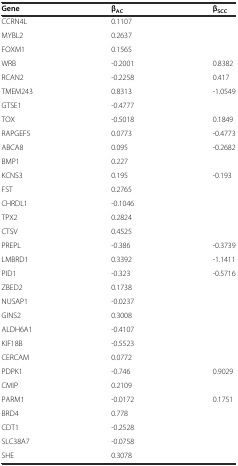
<table><thead><tr><td><b>Gene</b></td><td><b>β<sub>AC</sub></b></td><td><b>β<sub>SCC</sub></b></td></tr></thead><tbody><tr><td>CCRN4L</td><td>0.1107</td><td></td></tr><tr><td>MYBL2</td><td>0.2637</td><td></td></tr><tr><td>FOXM1</td><td>0.1565</td><td></td></tr><tr><td>WRB</td><td>-0.2001</td><td>0.8382</td></tr><tr><td>RCAN2</td><td>-0.2258</td><td>0.417</td></tr><tr><td>TMEM243</td><td>0.8313</td><td>-1.0549</td></tr><tr><td>GTSE1</td><td>-0.4777</td><td></td></tr><tr><td>TOX</td><td>-0.5018</td><td>0.1849</td></tr><tr><td>RAPGEF5</td><td>0.0773</td><td>-0.4773</td></tr><tr><td>ABCA8</td><td>0.095</td><td>-0.2682</td></tr><tr><td>BMP1</td><td>0.227</td><td></td></tr><tr><td>KCNS3</td><td>0.195</td><td>-0.193</td></tr><tr><td>FST</td><td>0.2765</td><td></td></tr><tr><td>CHRDL1</td><td>-0.1046</td><td></td></tr><tr><td>TPX2</td><td>0.2824</td><td></td></tr><tr><td>CTSV</td><td>0.4525</td><td></td></tr><tr><td>PREPL</td><td>-0.386</td><td>-0.3739</td></tr><tr><td>LMBRD1</td><td>0.3392</td><td>-1.1411</td></tr><tr><td>PID1</td><td>-0.323</td><td>-0.5716</td></tr><tr><td>ZBED2</td><td>0.1738</td><td></td></tr><tr><td>NUSAP1</td><td>-0.0237</td><td></td></tr><tr><td>GINS2</td><td>0.3008</td><td></td></tr><tr><td>ALDH6A1</td><td>-0.4107</td><td></td></tr><tr><td>KIF18B</td><td>-0.5523</td><td></td></tr><tr><td>CERCAM</td><td>0.0772</td><td></td></tr><tr><td>PDPK1</td><td>-0.746</td><td>0.9029</td></tr><tr><td>CMIP</td><td>0.2109</td><td></td></tr><tr><td>PARM1</td><td>-0.0172</td><td>0.1751</td></tr><tr><td>BRD4</td><td>0.778</td><td></td></tr><tr><td>CDT1</td><td>-0.2528</td><td></td></tr><tr><td>SLC38A7</td><td>-0.0758</td><td></td></tr><tr><td>SHE</td><td>0.3078</td><td></td></tr></tbody></table>